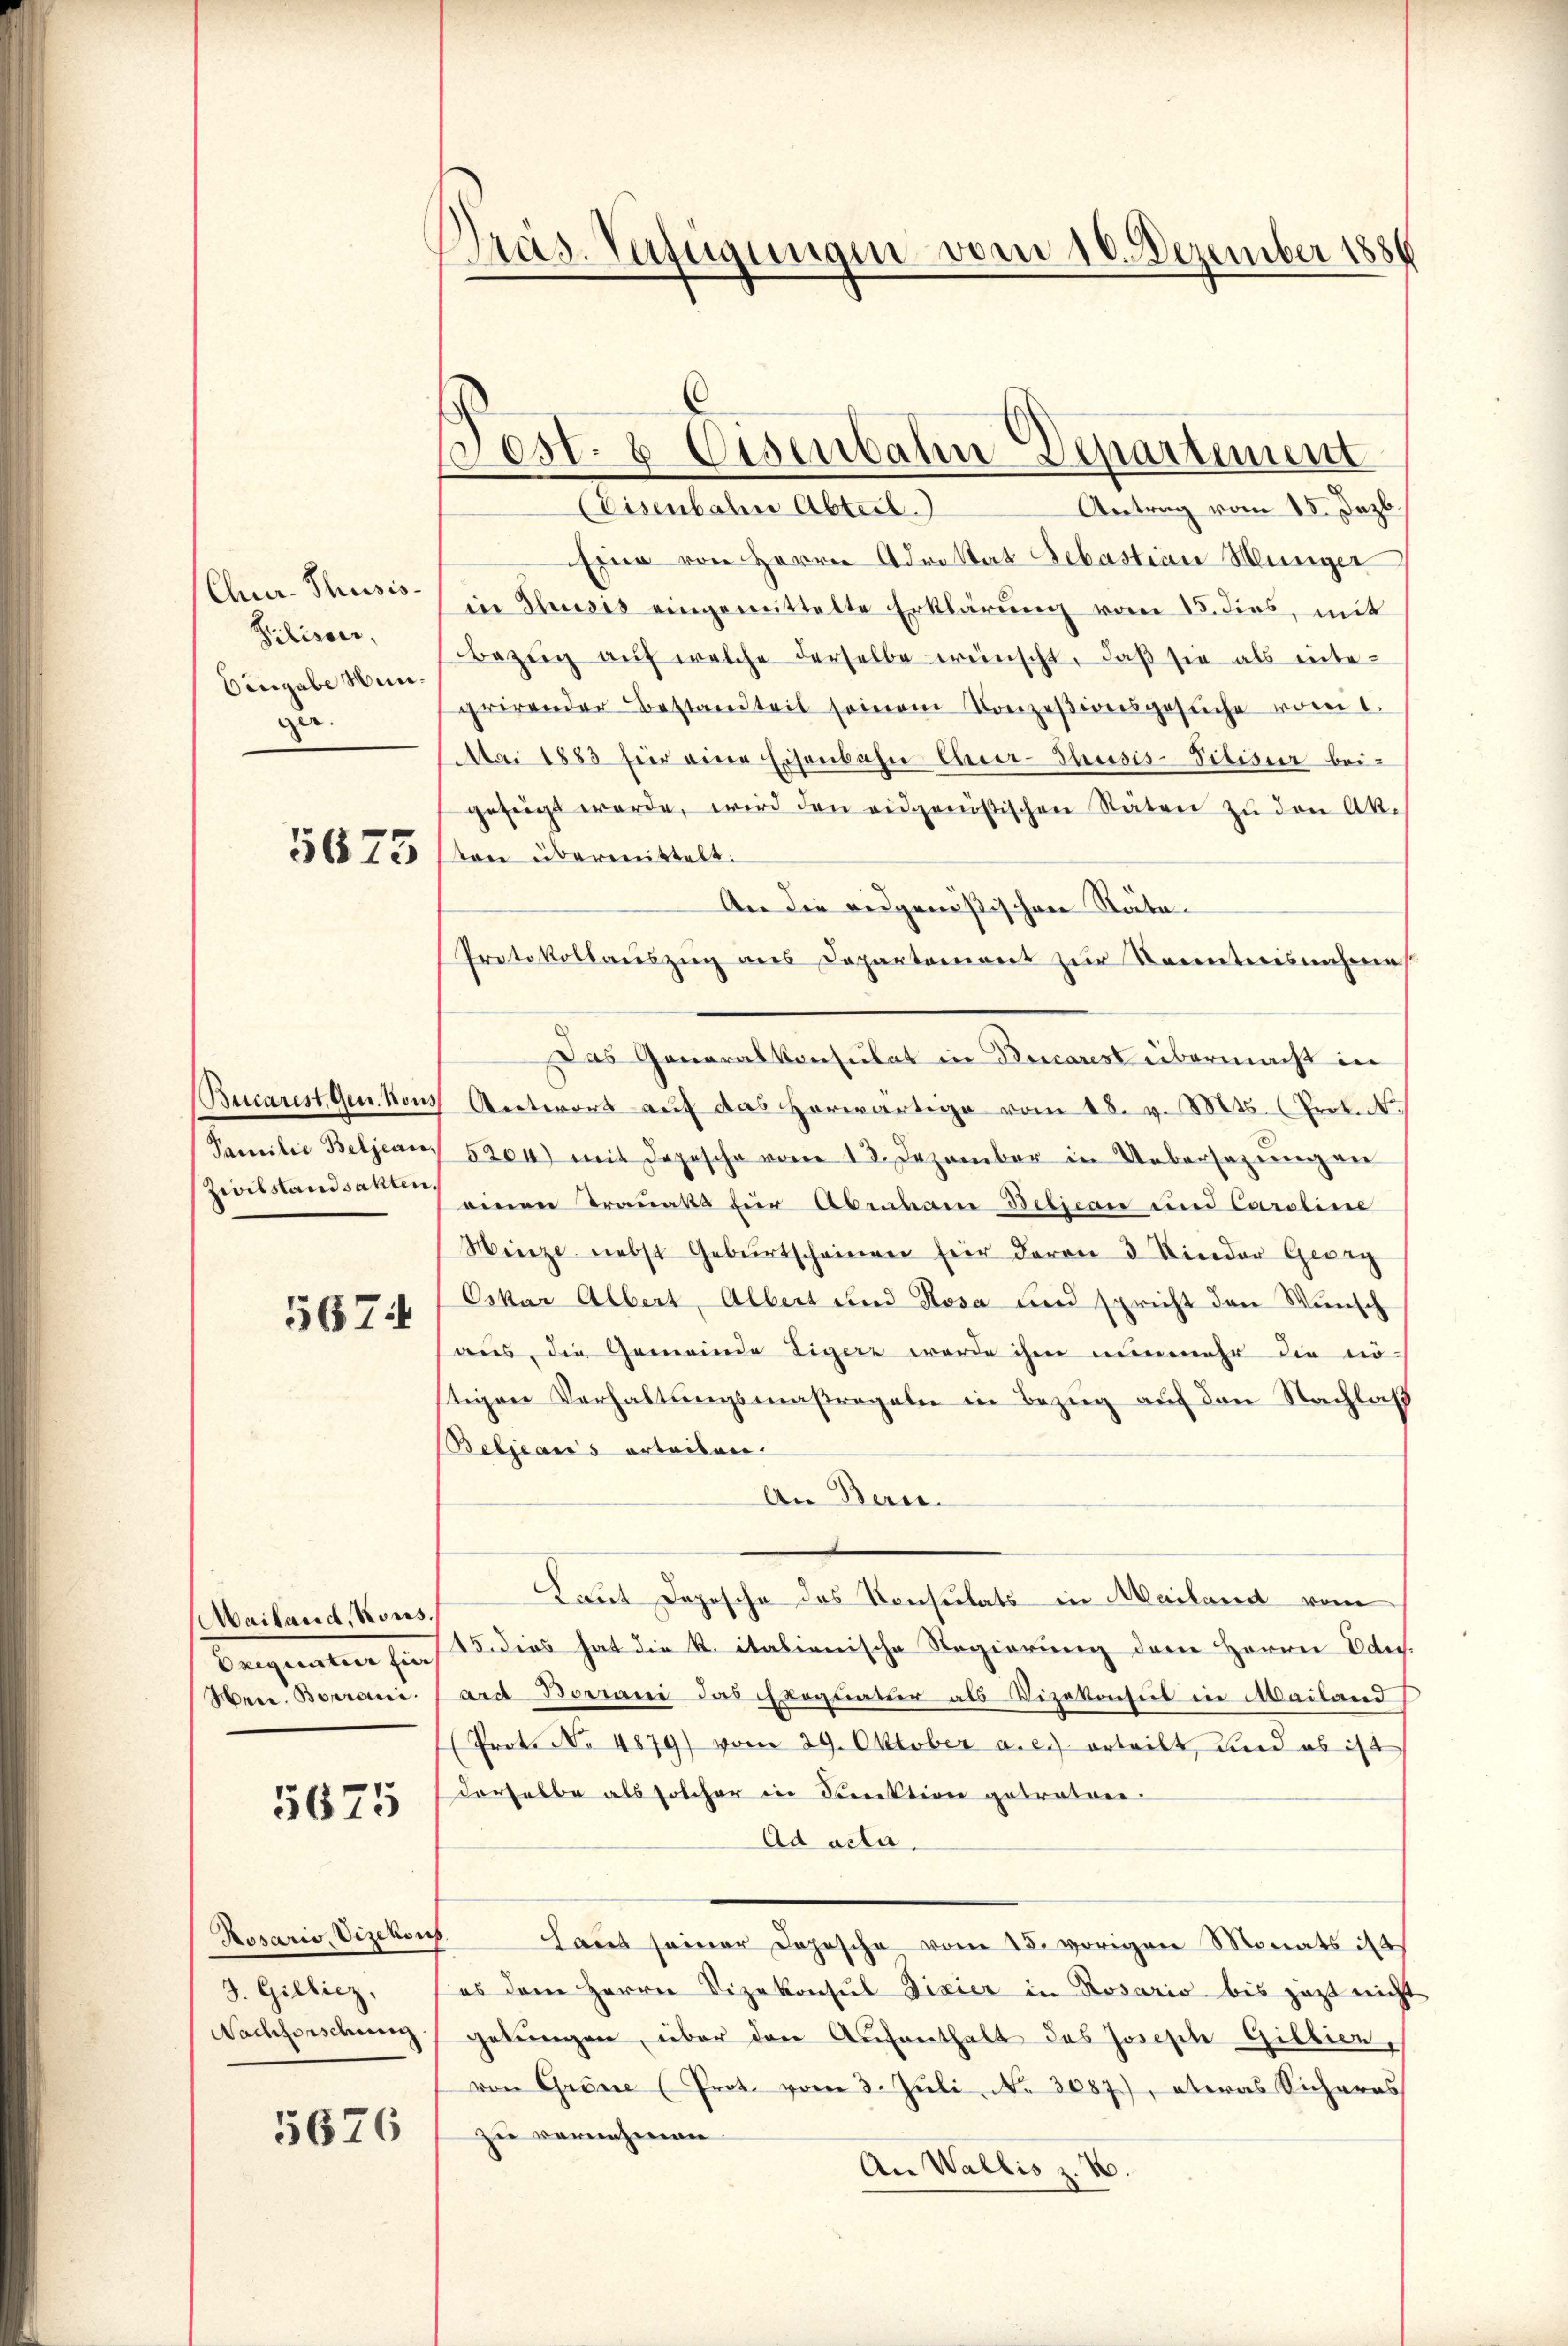
Chur-Thusis-
Pilisser,
Eingabe unge.

5675

Bucarest. Gen. Nous
Familie Beljean,
Zivilstandsakten.

5674

Mailand, Kons.
Exequatur für
Men. Bourani.

5675

J. Gillicz,
Nachforschung

5676

Dräs. Verfügungen vom 16. Dezember 1886

Fest. 8 Eisenbahn-Departement

Eisenbahne Abteil.
Antrag vom 15. Jezb.
Eine von Herrn Adriat Sebastian Münger
in Thusis eingemittelte Erklärung vom 15. dies, mit
bezŭg aŭf welche derselbe wünscht, daβ sie als integrirender Bestandteil seinem Konzesionsgesŭche vom 1.
Mai 1883 für eine Eisenbahn Eher-Thusis-Pilisir beigefügt werde, wird den eidgenößischen Stäten zu den Akvon übermittelt.
An die eidgenößischen Statu-
Protokollauszug aus Departement zur Kenntnisnahme
Antwort auf das herwärtige vom 18. v. Mts. (Prokuk.
5204) mit Depesche vom 12. Dezember in Uebersezung an
einen Trauakt für Abraham Betican und Caroline
Wenze nebst Geburtscheinen für deren 3 Kinder Georg
Oskar Albert, Albert und Rosa und spricht den Wunsch
aus, die Gemeinde Tiger werde ihm nunmehr die nö-
tigen Verhaltungsmaßregeln in Bezug auf den Nachlaß
Beljearis orteilen.
An Beri
Laut Depesche des Konsulats in Mailand vom
15. dies hat die R. italienische Regierung dem Herren Oder.
ard Borrani das Exequatur als Vizekonsul in Mailand
(Prot. No 4879) vom 29. Oktober a.c. erteilt, und es ist
derselbe als solcher in Direktion getraten.
Ad acta.
Rosario, Vizekon. Laŭt seiner Depesche vom 15. vorigen Monats i
es dem Herrn Vizekonsul Fixier in Rosario bis jezt nicht
gebungen, über den Aufenthalt des Joseph Gilbier,
von Grösse (Prot. vom 3. Juli, No 3087), etwas Sicheres
zu vernehmen.
An Wallis z. B.

Das Generalkonsulat in Decares übermacht in